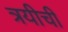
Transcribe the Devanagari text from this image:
त्रयीची